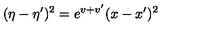
( \eta - \eta ^ { \prime } ) ^ { 2 } = e ^ { v + v ^ { \prime } } ( x - x ^ { \prime } ) ^ { 2 }